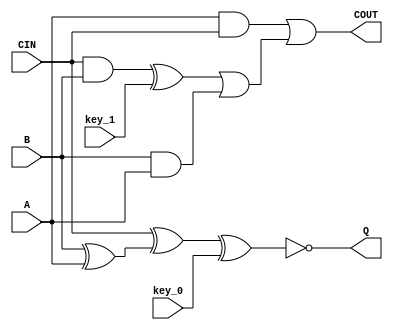
module test (key_1, A, key_0, B, CIN, COUT, Q);
//no parameter
  input key_1;
  input A;
  input key_0;
  input B;
  input CIN;
  output COUT;
  output Q;
//no register decl
//no event decl
  wire key_gate_0;
  wire key_gate_1;
  wire _01_;
  wire _02_;
  wire _03_;
  wire _04_;
  wire _00_;
  assign COUT = _02_ | _03_;
  assign key_gate_0 = CIN ^ _04_;
  assign _04_ = B ^ A;
  assign _00_ = B & A;
  assign key_gate_1 = CIN & B;
  assign _03_ = _01_ | _00_;
  assign _02_ = A & CIN;
  assign Q = ~(key_gate_0 ^ key_0);
  assign _01_ = key_gate_1 ^ key_1;

endmodule